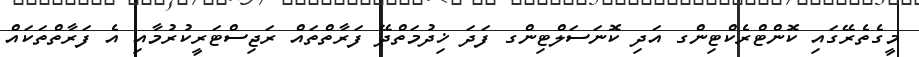
މީގެތެރޭގައި ކޮންޓްރެކްޓިންގ އަދި ކޮނަސަލްޓިންގ ފަދަ ޚިދުމަތްދޭ ފަރާތްތައް ރަޖިސްޓަރީކުރުމާއި އެ ފަރާތްތަކައް